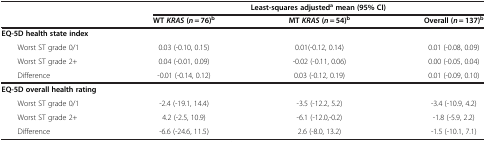
<table><thead><tr><td rowspan="2"><b> </b></td><td colspan="3"><b>Least-squares adjusted<sup>a</sup>mean (95% CI)</b></td></tr><tr><td><b>WT <i>KRAS </i>(<i>n</i> = 76)<sup>b</sup></b></td><td><b>MT <i>KRAS </i>(<i>n</i> = 54)<sup>b</sup></b></td><td><b>Overall (<i>n</i> = 137)<sup>b</sup></b></td></tr></thead><tbody><tr><td colspan="4"><b>EQ-5D health state index</b></td></tr><tr><td>Worst ST grade 0/1</td><td>0.03 (-0.10, 0.15)</td><td>0.01(-0.12, 0.14)</td><td>0.01 (-0.08, 0.09)</td></tr><tr><td>Worst ST grade 2+</td><td>0.04 (-0.01, 0.09)</td><td>-0.02 (-0.11, 0.06)</td><td>0.00 (-0.05, 0.04)</td></tr><tr><td>Difference</td><td>-0.01 (-0.14, 0.12)</td><td>0.03 (-0.12, 0.19)</td><td>0.01 (-0.09, 0.10)</td></tr><tr><td colspan="4"><b>EQ-5D overall health rating</b></td></tr><tr><td>Worst ST grade 0/1</td><td>-2.4 (-19.1, 14.4)</td><td>-3.5 (-12.2, 5.2)</td><td>-3.4 (-10.9, 4.2)</td></tr><tr><td>Worst ST grade 2+</td><td>4.2 (-2.5, 10.9)</td><td>-6.1 (-12.0,-0.2)</td><td>-1.8 (-5.9, 2.2)</td></tr><tr><td>Difference</td><td>-6.6 (-24.6, 11.5)</td><td>2.6 (-8.0, 13.2)</td><td>-1.5 (-10.1, 7.1)</td></tr></tbody></table>